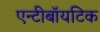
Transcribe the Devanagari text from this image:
एन्टीबॉयटिक